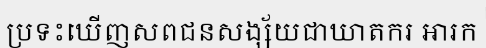
ប្រទះឃើញសពជនសង្ស័យជាឃាតករ អារក